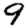
Digit: 9